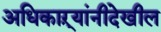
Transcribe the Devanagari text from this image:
अधिकाऱ्यांनीदेखील